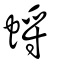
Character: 蛶